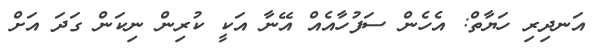
އަނދިރި ހަޔާތް: އެހެން ސަފުހާއެއް އޭނާ އަކީ ކުރިން ނިކަން ގަދަ އަށް